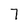
Character: 7